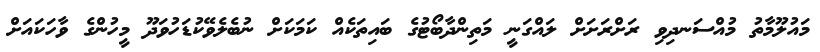
މައުލޫމާތު މުއްސަނދިވި ރަށްރަށަށް ލައްގަނީ މަތިންދާބޯޓުގެ ބައިތަކެއް ކަމަކަށް ނުބެލެވޭކުޑަހުވަދޫ މީހުންގެ ވާހަކައަށް